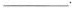
___.